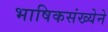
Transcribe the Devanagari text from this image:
भाषिकसंख्येने